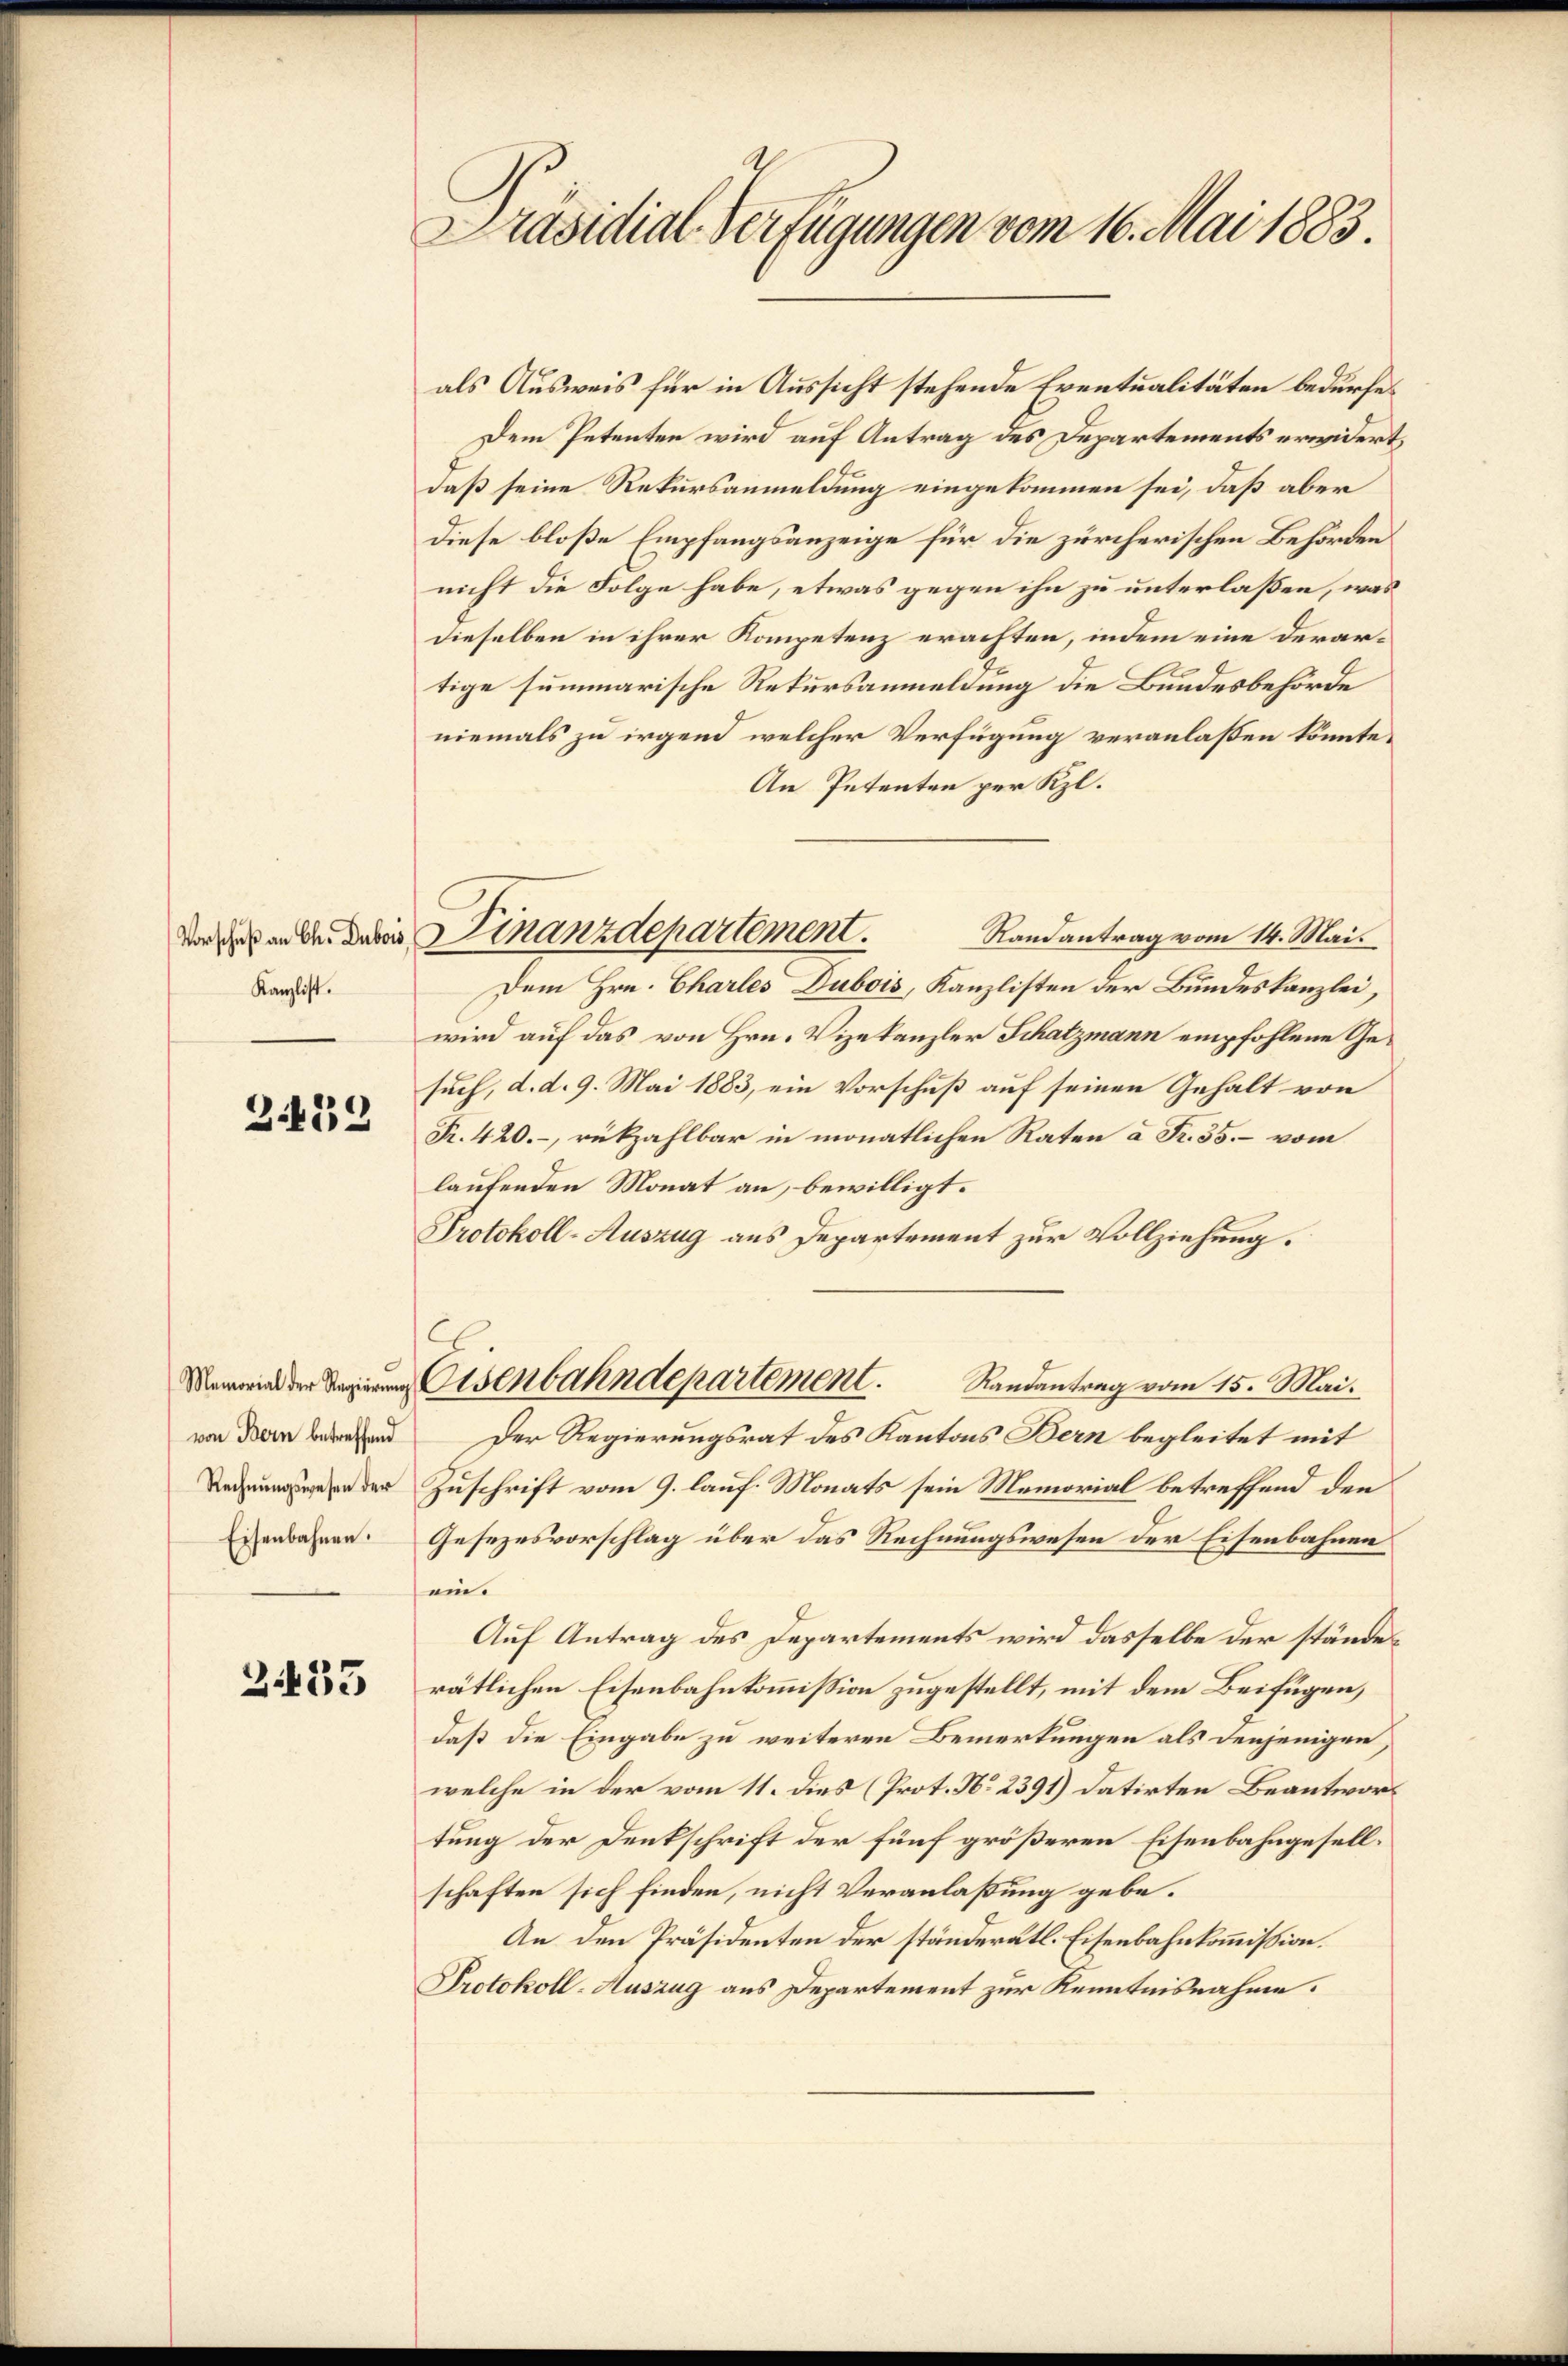
Kanzlist.

2432

Memorial der Regierŭng
von Bern betreffend
Rechnungswesen der

2433

Präsidial-Verfügungen vom 16. Mai 1883.

als Ausweis für in Aussicht stehende Eventualitäten bedürfe.
Dem Petenten wird auf Antrag des Departements erwidert,
daß seine Rekursanmeldung eingekommen sei, daß aber
diese bloße Empfangsanzeige für die zürcherischen Behörden
nicht die Folge habe, etwas gegen ihn zu unterlaßen, was
dieselben in ihrer Kompetenz erachten, indem eine derartige summarische Rekursanmeldung die Bundesbehörde
niemals zu irgend welcher Verfügung veranlaßen könnte.
An Petenten per Kl.
Randantrag vom 14. Mai.
Dem Hrn. Charles Dubois, Kanzlisten der Bundeskanzlei,
wird auf das von Hrn. Vizekanzler Schatzmann empfohlene Gesuch, d. d. 9. Mai 1883, ein Vorschuß auf seinen Gehalt von
Fr. 420.-, rückzahlbar in monatlichen Raten à Fr. 35. – vom
laufenden Monat an, bewilligt.
Protokoll-Auszug aus Departement zur Vollziehung.
Eisenbahndepartement. Randantrag vom 15. Mai.
Der Regierungsrat des Kantons Bern begleitet mit
Zuschrift vom 9. lauf. Monats sein Memorial betreffend den
Eisenbahnen. Gesezesvorschlag über das Rechnungswesen der Eisenbahnen
ein.
Auf Antrag des Departements wird dasselbe der ständerätlichen Eisenbahnkommission zugestellt, mit dem Beifügen,
daß die Eingabe zu weiteren Bemerkungen als denjenigen,
welche in der vom 11. dies (Prot. No 2391) datirten Beantwortung der Denkschrift der fünf größeren Eisenbahngesellschaften sich finden, nicht Veranlaßung gebe¬
An den Präsidenten der ständerätl. Eisenbahnkommission.
Protokoll-Auszug aus Departement zur Kenntnisnahme.

ve des ande dabei inanzdepartement.